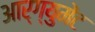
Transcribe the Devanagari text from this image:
आर्ग्युमेंट